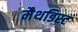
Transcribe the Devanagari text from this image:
मैथडिस्ट